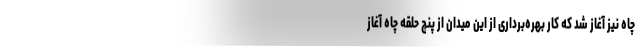
چاه نیز آغاز شد که کار بهره‌برداری از این میدان از پنچ حلقه چاه آغاز